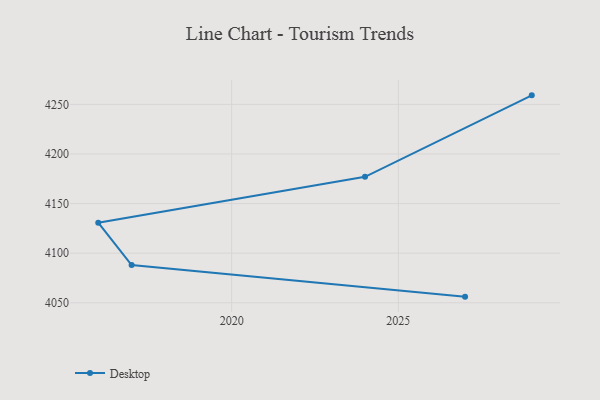
{"axis": {"x": "Year", "y": "Market Share (%)"}, "legend": ["Desktop"], "data": [{"x": "2027", "y": 4056.2, "type": "Desktop"}, {"x": "2017", "y": 4088.0, "type": "Desktop"}, {"x": "2016", "y": 4130.8, "type": "Desktop"}, {"x": "2024", "y": 4177.0, "type": "Desktop"}, {"x": "2029", "y": 4259.1, "type": "Desktop"}]}